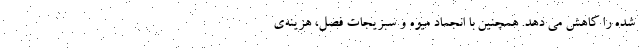
شده را کاهش می دهد. همچنین با انجماد میوه و سبزیجات فصل، هزینه‌ی